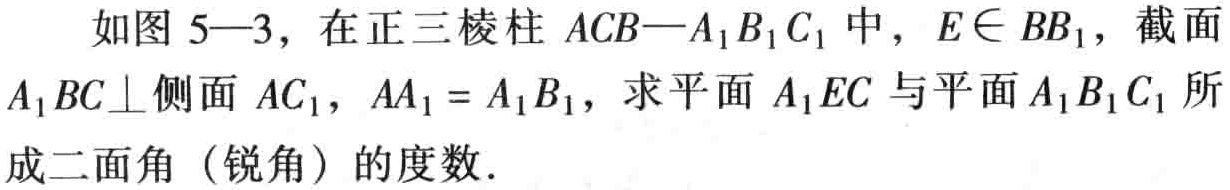
如图 5—3，在正三棱柱 \(ACB—A_{1}B_{1}C_{1}\) 中，\(E\in BB_{1}\)，截面 \(A_{1}BC\perp\)侧面 \(AC_{1}\)，\(AA_{1}=A_{1}B_{1}\)，求平面 \(A_{1}EC\) 与平面 \(A_{1}B_{1}C_{1}\) 所成二面角（锐角）的度数.